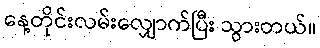
နေ့တိုင်းလမ်းလျှောက်ပြီး သွားတယ်။